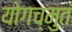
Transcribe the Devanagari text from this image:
योगच्मुतं